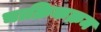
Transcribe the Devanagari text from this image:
चाक्रिकक्रम